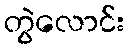
တွဲလောင်း